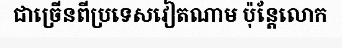
ជាច្រើនពីប្រទេសវៀតណាម ប៉ុន្តែលោក